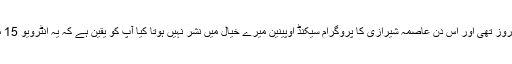
15 مارچ اتوار کے روز تھی اور اس دن عاصمہ شیرازی کا پروگرام سیکنڈ اوپینین میرے خیال میں نشر نہیں ہوتا کیا آُپ کو یقین ہے کہ یہ انٹرویو 15 مارچ کو نشر کیا گیا۔